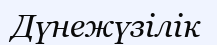
Дүнежүзілік